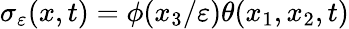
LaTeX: \sigma_{\varepsilon}(x,t)=\phi(x_{3}/\varepsilon)\theta(x_{1},x_{2},t)